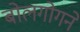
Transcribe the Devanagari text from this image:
बोलगोगने